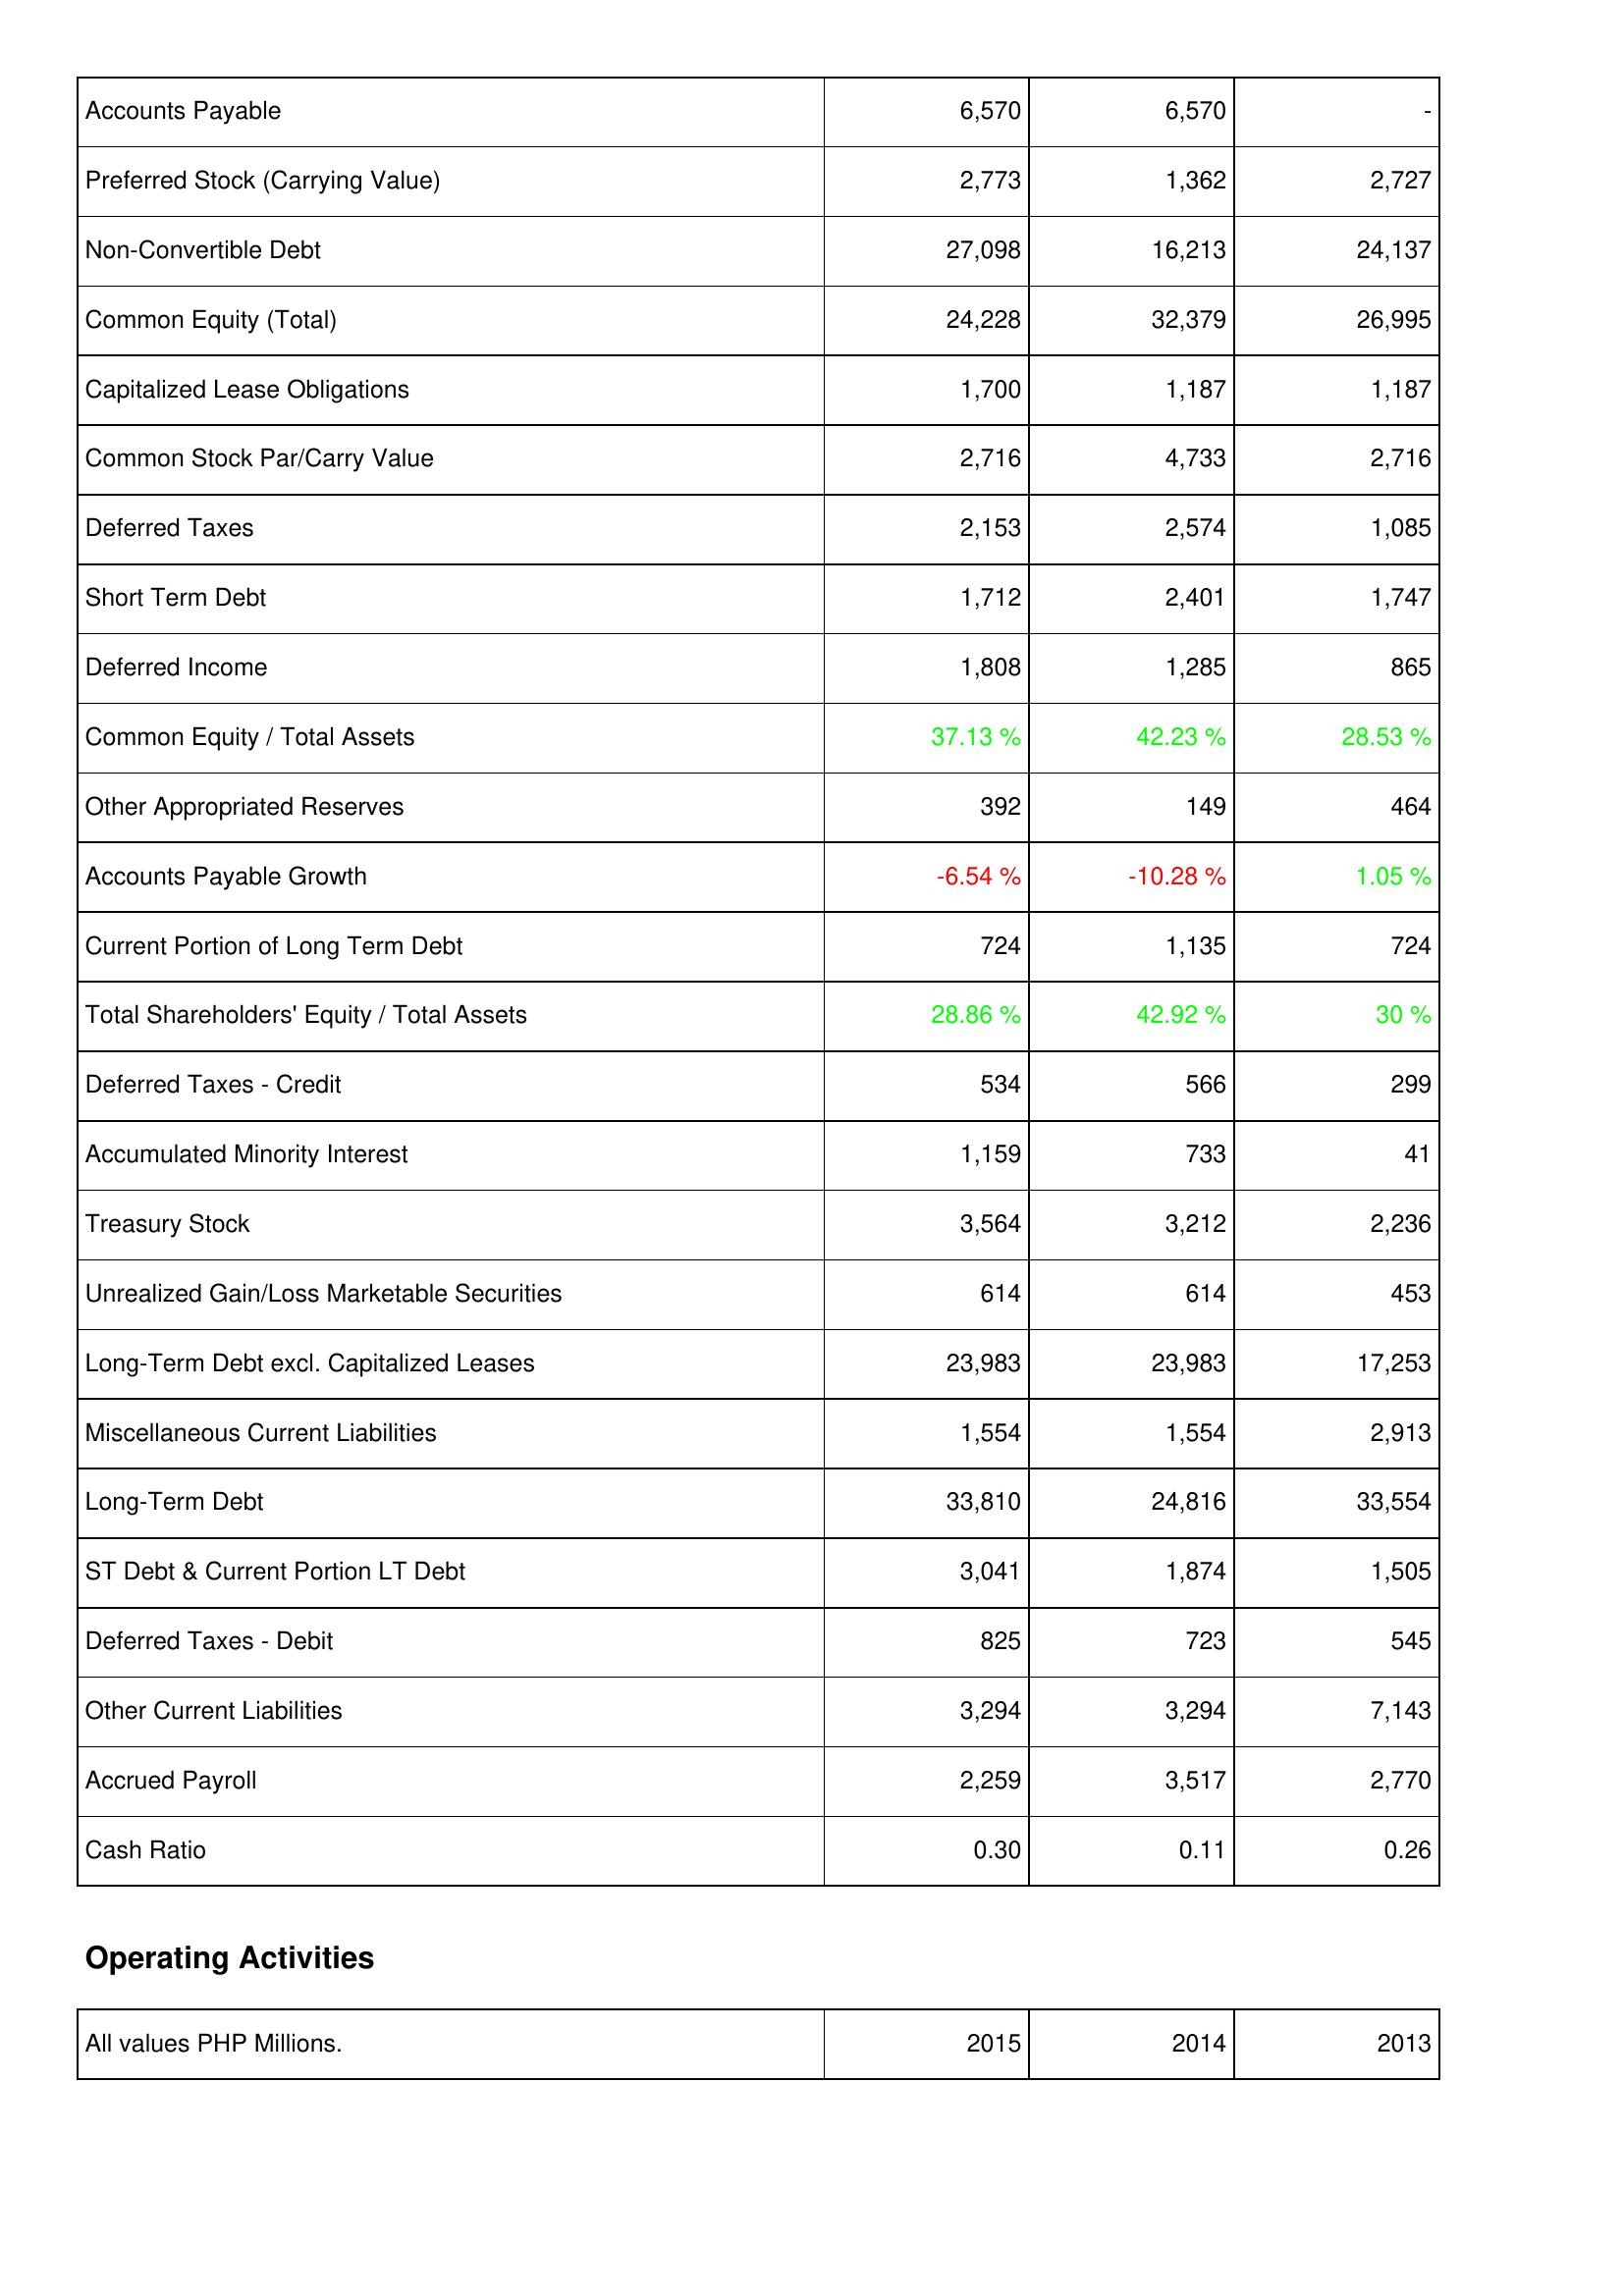
2015: Liabilities & Shareholders' Equity: Accounts Payable: 6,570
Preferred Stock (Carrying Value): 2,773
Non-Convertible Debt: 27,098
Common Equity (Total): 24,228
Capitalized Lease Obligations: 1,700
Common Stock Par/Carry Value: 2,716
Deferred Taxes: 2,153
Short Term Debt: 1,712
Deferred Income: 1,808
Common Equity / Total Assets: 37.13 %
Other Appropriated Reserves: 392
Accounts Payable Growth: -6.54 %
Current Portion of Long Term Debt: 724
Total Shareholders' Equity / Total Assets: 28.86 %
Deferred Taxes - Credit: 534
Accumulated Minority Interest: 1,159
Treasury Stock: 3,564
Unrealized Gain/Loss Marketable Securities: 614
Long-Term Debt excl. Capitalized Leases: 23,983
Miscellaneous Current Liabilities: 1,554
Long-Term Debt: 33,810
ST Debt & Current Portion LT Debt: 3,041
Deferred Taxes - Debit: 825
Other Current Liabilities: 3,294
Accrued Payroll: 2,259
Cash Ratio: 0.30
2014: Liabilities & Shareholders' Equity: Accounts Payable: 6,570
Preferred Stock (Carrying Value): 1,362
Non-Convertible Debt: 16,213
Common Equity (Total): 32,379
Capitalized Lease Obligations: 1,187
Common Stock Par/Carry Value: 4,733
Deferred Taxes: 2,574
Short Term Debt: 2,401
Deferred Income: 1,285
Common Equity / Total Assets: 42.23 %
Other Appropriated Reserves: 149
Accounts Payable Growth: -10.28 %
Current Portion of Long Term Debt: 1,135
Total Shareholders' Equity / Total Assets: 42.92 %
Deferred Taxes - Credit: 566
Accumulated Minority Interest: 733
Treasury Stock: 3,212
Unrealized Gain/Loss Marketable Securities: 614
Long-Term Debt excl. Capitalized Leases: 23,983
Miscellaneous Current Liabilities: 1,554
Long-Term Debt: 24,816
ST Debt & Current Portion LT Debt: 1,874
Deferred Taxes - Debit: 723
Other Current Liabilities: 3,294
Accrued Payroll: 3,517
Cash Ratio: 0.11
2013: Liabilities & Shareholders' Equity: Accounts Payable: -
Preferred Stock (Carrying Value): 2,727
Non-Convertible Debt: 24,137
Common Equity (Total): 26,995
Capitalized Lease Obligations: 1,187
Common Stock Par/Carry Value: 2,716
Deferred Taxes: 1,085
Short Term Debt: 1,747
Deferred Income: 865
Common Equity / Total Assets: 28.53 %
Other Appropriated Reserves: 464
Accounts Payable Growth: 1.05 %
Current Portion of Long Term Debt: 724
Total Shareholders' Equity / Total Assets: 30 %
Deferred Taxes - Credit: 299
Accumulated Minority Interest: 41
Treasury Stock: 2,236
Unrealized Gain/Loss Marketable Securities: 453
Long-Term Debt excl. Capitalized Leases: 17,253
Miscellaneous Current Liabilities: 2,913
Long-Term Debt: 33,554
ST Debt & Current Portion LT Debt: 1,505
Deferred Taxes - Debit: 545
Other Current Liabilities: 7,143
Accrued Payroll: 2,770
Cash Ratio: 0.26